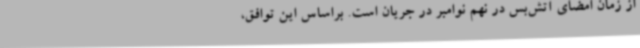
از زمان امضای آتش‌بس در نهم نوامبر در جریان است. براساس این توافق،